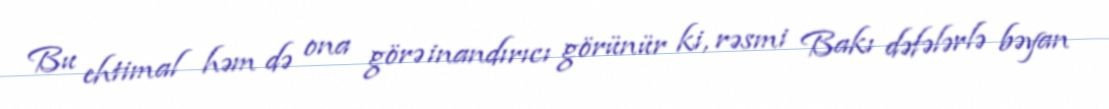
Bu ehtimal həm də ona görə inandırıcı görünür ki, rəsmi Bakı dəfələrlə bəyan